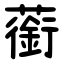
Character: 䕔